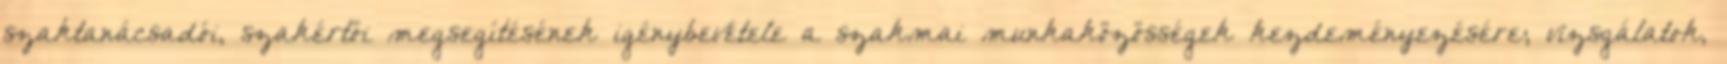
szaktanácsadói, szakértői megsegítésének igénybevétele a szakmai munkaközösségek kezdeményezésére; vizsgálatok,